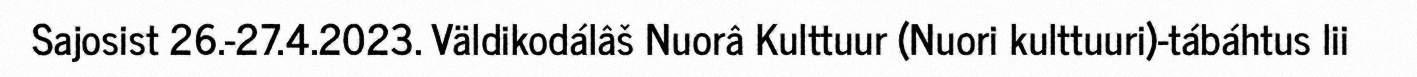
Sajosist 26.-27.4.2023. Väldikodálâš Nuorâ Kulttuur (Nuori kulttuuri)-tábáhtus lii